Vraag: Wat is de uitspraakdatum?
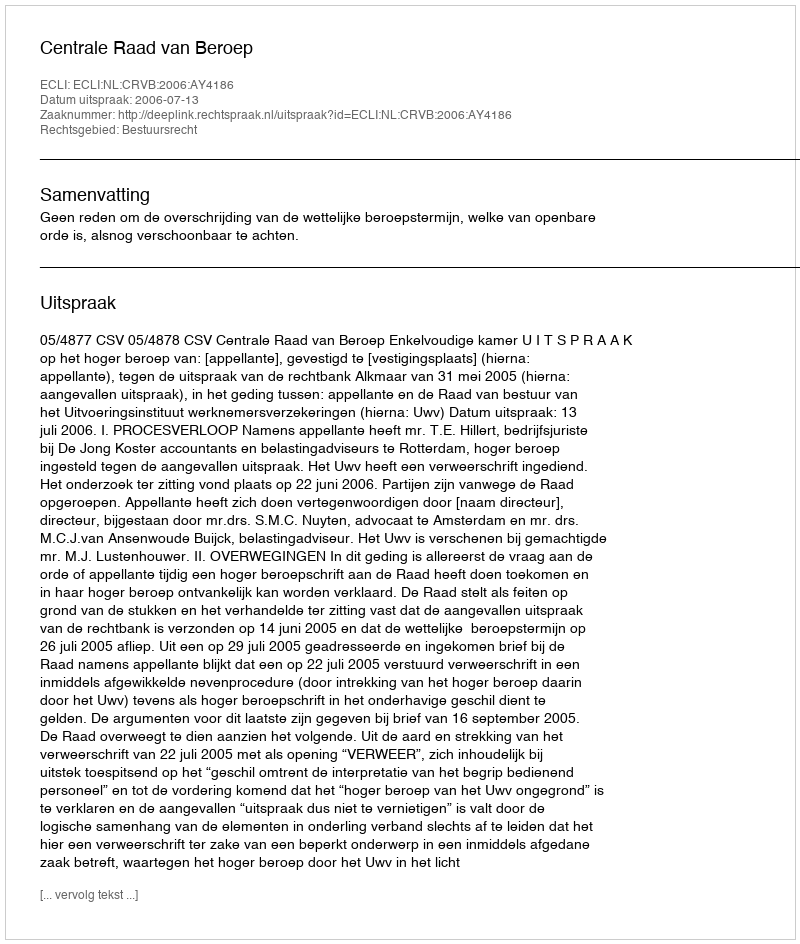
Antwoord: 2006-07-13